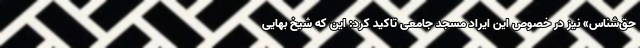
حق‌شناس» نیز در خصوص این ایراد مسجد جامعی تاکید کرد: این که شیخ بهایی